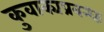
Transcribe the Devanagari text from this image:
कुवाक्यप्रबन्धः